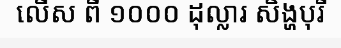
លើស ពី ១០០០ ដុល្លារ សិង្ហបុរី